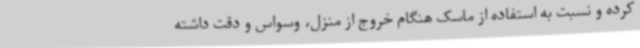
کرده و نسبت به استفاده از ماسک هنگام خروج از منزل، وسواس و دقت داشته